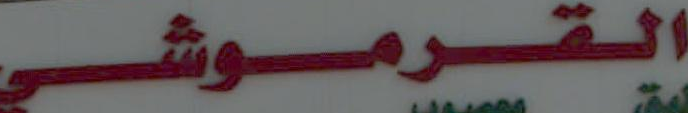
القرموشي